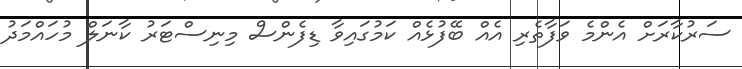
ސަރުކާރަށް އެންމެ ވަފާތެރި އެއް ބޭފުޅެއް ކަމުގައިވާ ޑިފެންސް މިނިސްޓަރު ކާނަލް މުހައްމަދު